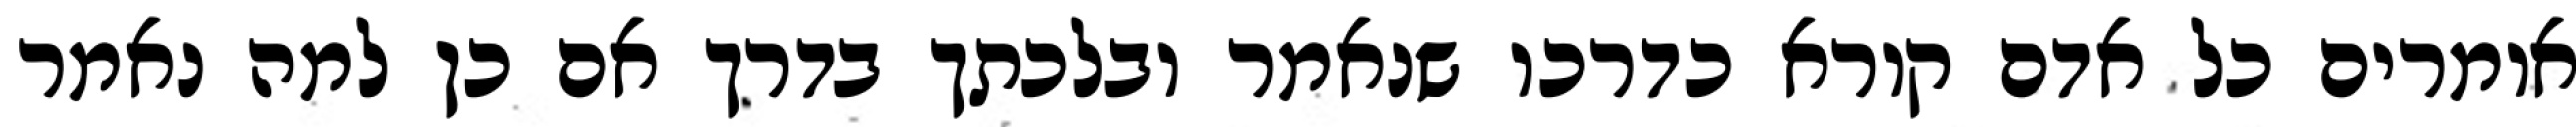
אומרים כל אדם קורא כדרכו שנאמר ובלכתך בדרך אם כן למה נאמר